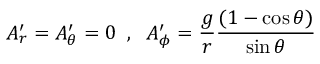
A _ { r } ^ { \prime } = A _ { \theta } ^ { \prime } = 0 \; \; , \; \; A _ { \phi } ^ { \prime } = \frac { g } { r } \frac { ( 1 - \cos \theta ) } { \sin \theta }